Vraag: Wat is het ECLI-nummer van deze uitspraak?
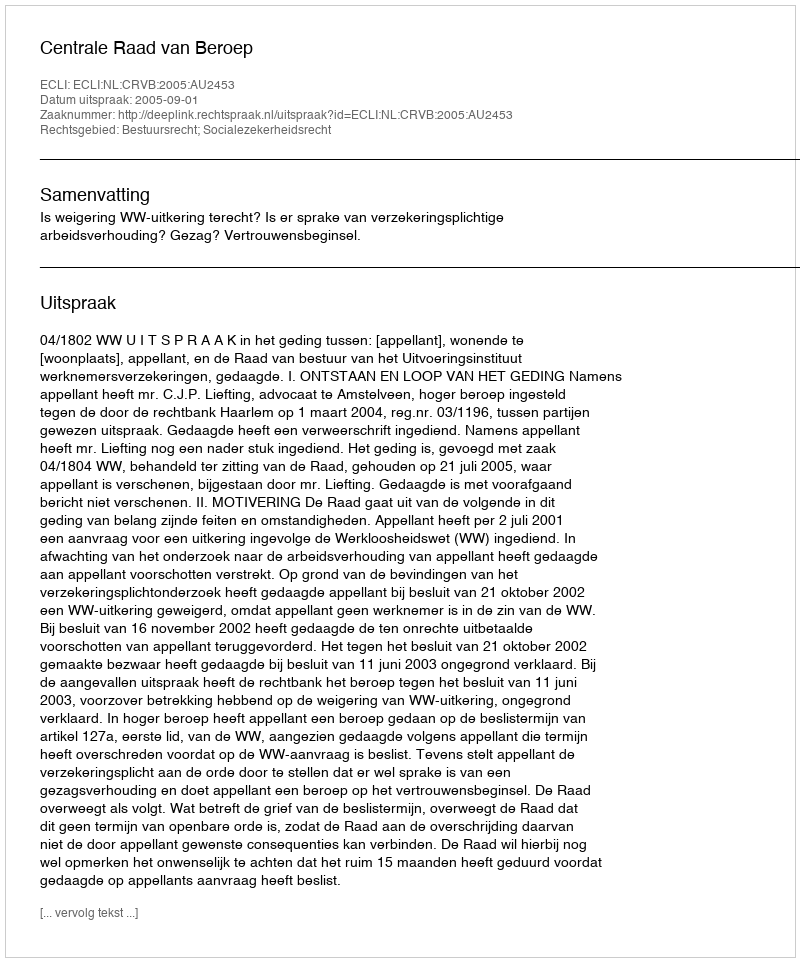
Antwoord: ECLI:NL:CRVB:2005:AU2453